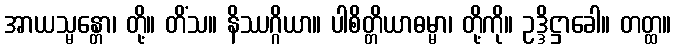
အာယသ္မန္တော၊ တို့။ တိံသ။ နိဿဂ္ဂိယာ။ ပါစိတ္တိယာဓမ္မာ၊ တို့ကို။ ဥဒ္ဒိဋ္ဌာခေါ။ တတ္ထ။